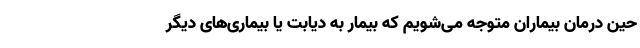
حین درمان بیماران متوجه می‌شویم که بیمار به دیابت یا بیماری‌های دیگر